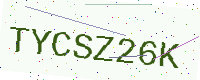
Text: TYCSZ26K